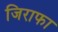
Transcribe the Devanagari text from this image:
जिराफा